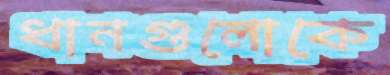
ধানগুলোকে